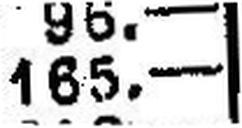
165.—